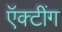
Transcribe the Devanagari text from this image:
ऍक्टींग